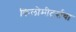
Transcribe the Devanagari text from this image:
किलोमीटर्सचा